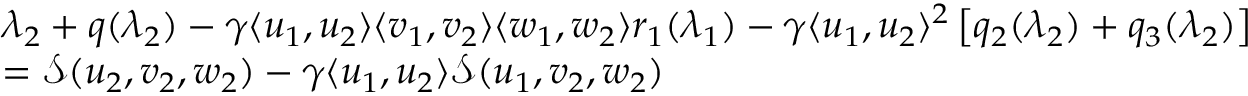
\begin{array} { r l } & { \lambda _ { 2 } + q ( \lambda _ { 2 } ) - { \gamma } \langle u _ { 1 } , u _ { 2 } \rangle \langle v _ { 1 } , v _ { 2 } \rangle \langle w _ { 1 } , w _ { 2 } \rangle r _ { 1 } ( \lambda _ { 1 } ) - { \gamma } \langle u _ { 1 } , u _ { 2 } \rangle ^ { 2 } \left[ q _ { 2 } ( \lambda _ { 2 } ) + q _ { 3 } ( \lambda _ { 2 } ) \right] } \\ & { = { \mathcal { S } } ( u _ { 2 } , v _ { 2 } , w _ { 2 } ) - { \gamma } \langle u _ { 1 } , u _ { 2 } \rangle { \mathcal { S } } ( u _ { 1 } , v _ { 2 } , w _ { 2 } ) } \end{array}